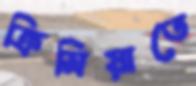
ক্রিমিয়াতে